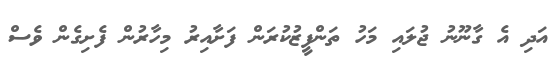
އަދި އެ ގާނޫނު ޖުލައި މަހު ތަންފީޒުކުރަން ފަށާއިރު މިހާރުން ފެށިގެން ވެސް